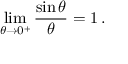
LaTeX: \operatorname* { l i m } _ { \theta \to 0 ^ { + } } { \frac { \sin \theta } { \theta } } = 1 \, .